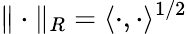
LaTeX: \| \cdot\| _{R}=\langle\cdot,\cdot\rangle^{1/2}